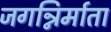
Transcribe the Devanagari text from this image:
जगन्निर्माता